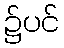
၌ပင်